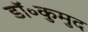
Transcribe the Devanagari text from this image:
डॉ॰कुमुद